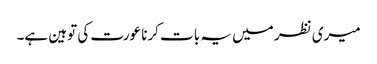
میری نظر میں یہ بات کرنا عورت کی توہین ہے۔